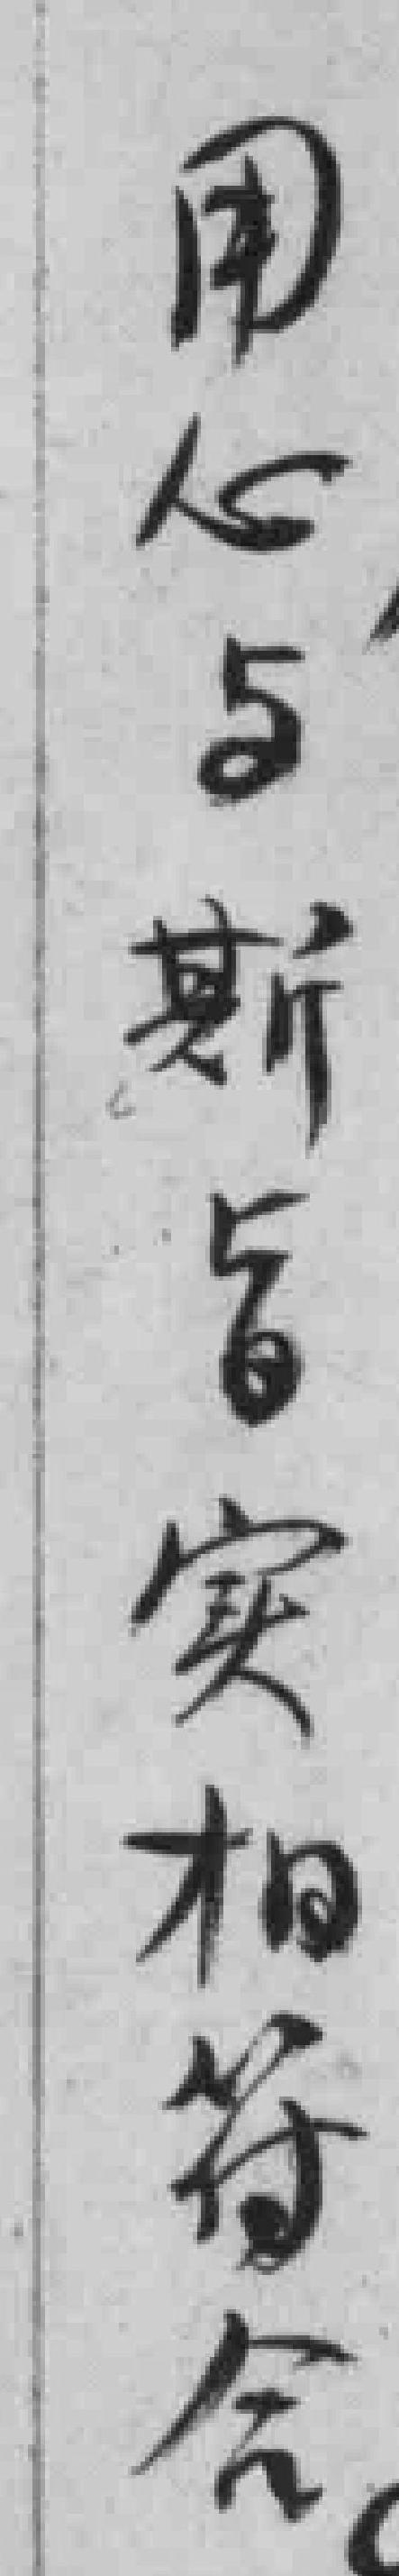
用心与斯旨实相符合